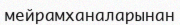
мейрамханаларынан